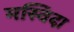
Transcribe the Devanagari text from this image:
मस्विदा